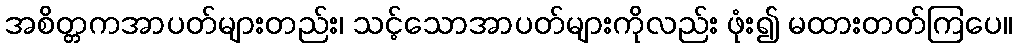
အစိတ္တကအာပတ်များတည်း၊ သင့်သောအာပတ်များကိုလည်း ဖုံး၍ မထားတတ်ကြပေ။